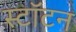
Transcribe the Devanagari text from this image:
स्टॉटन